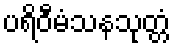
ပရိဝီမံသနသုတ္တံ